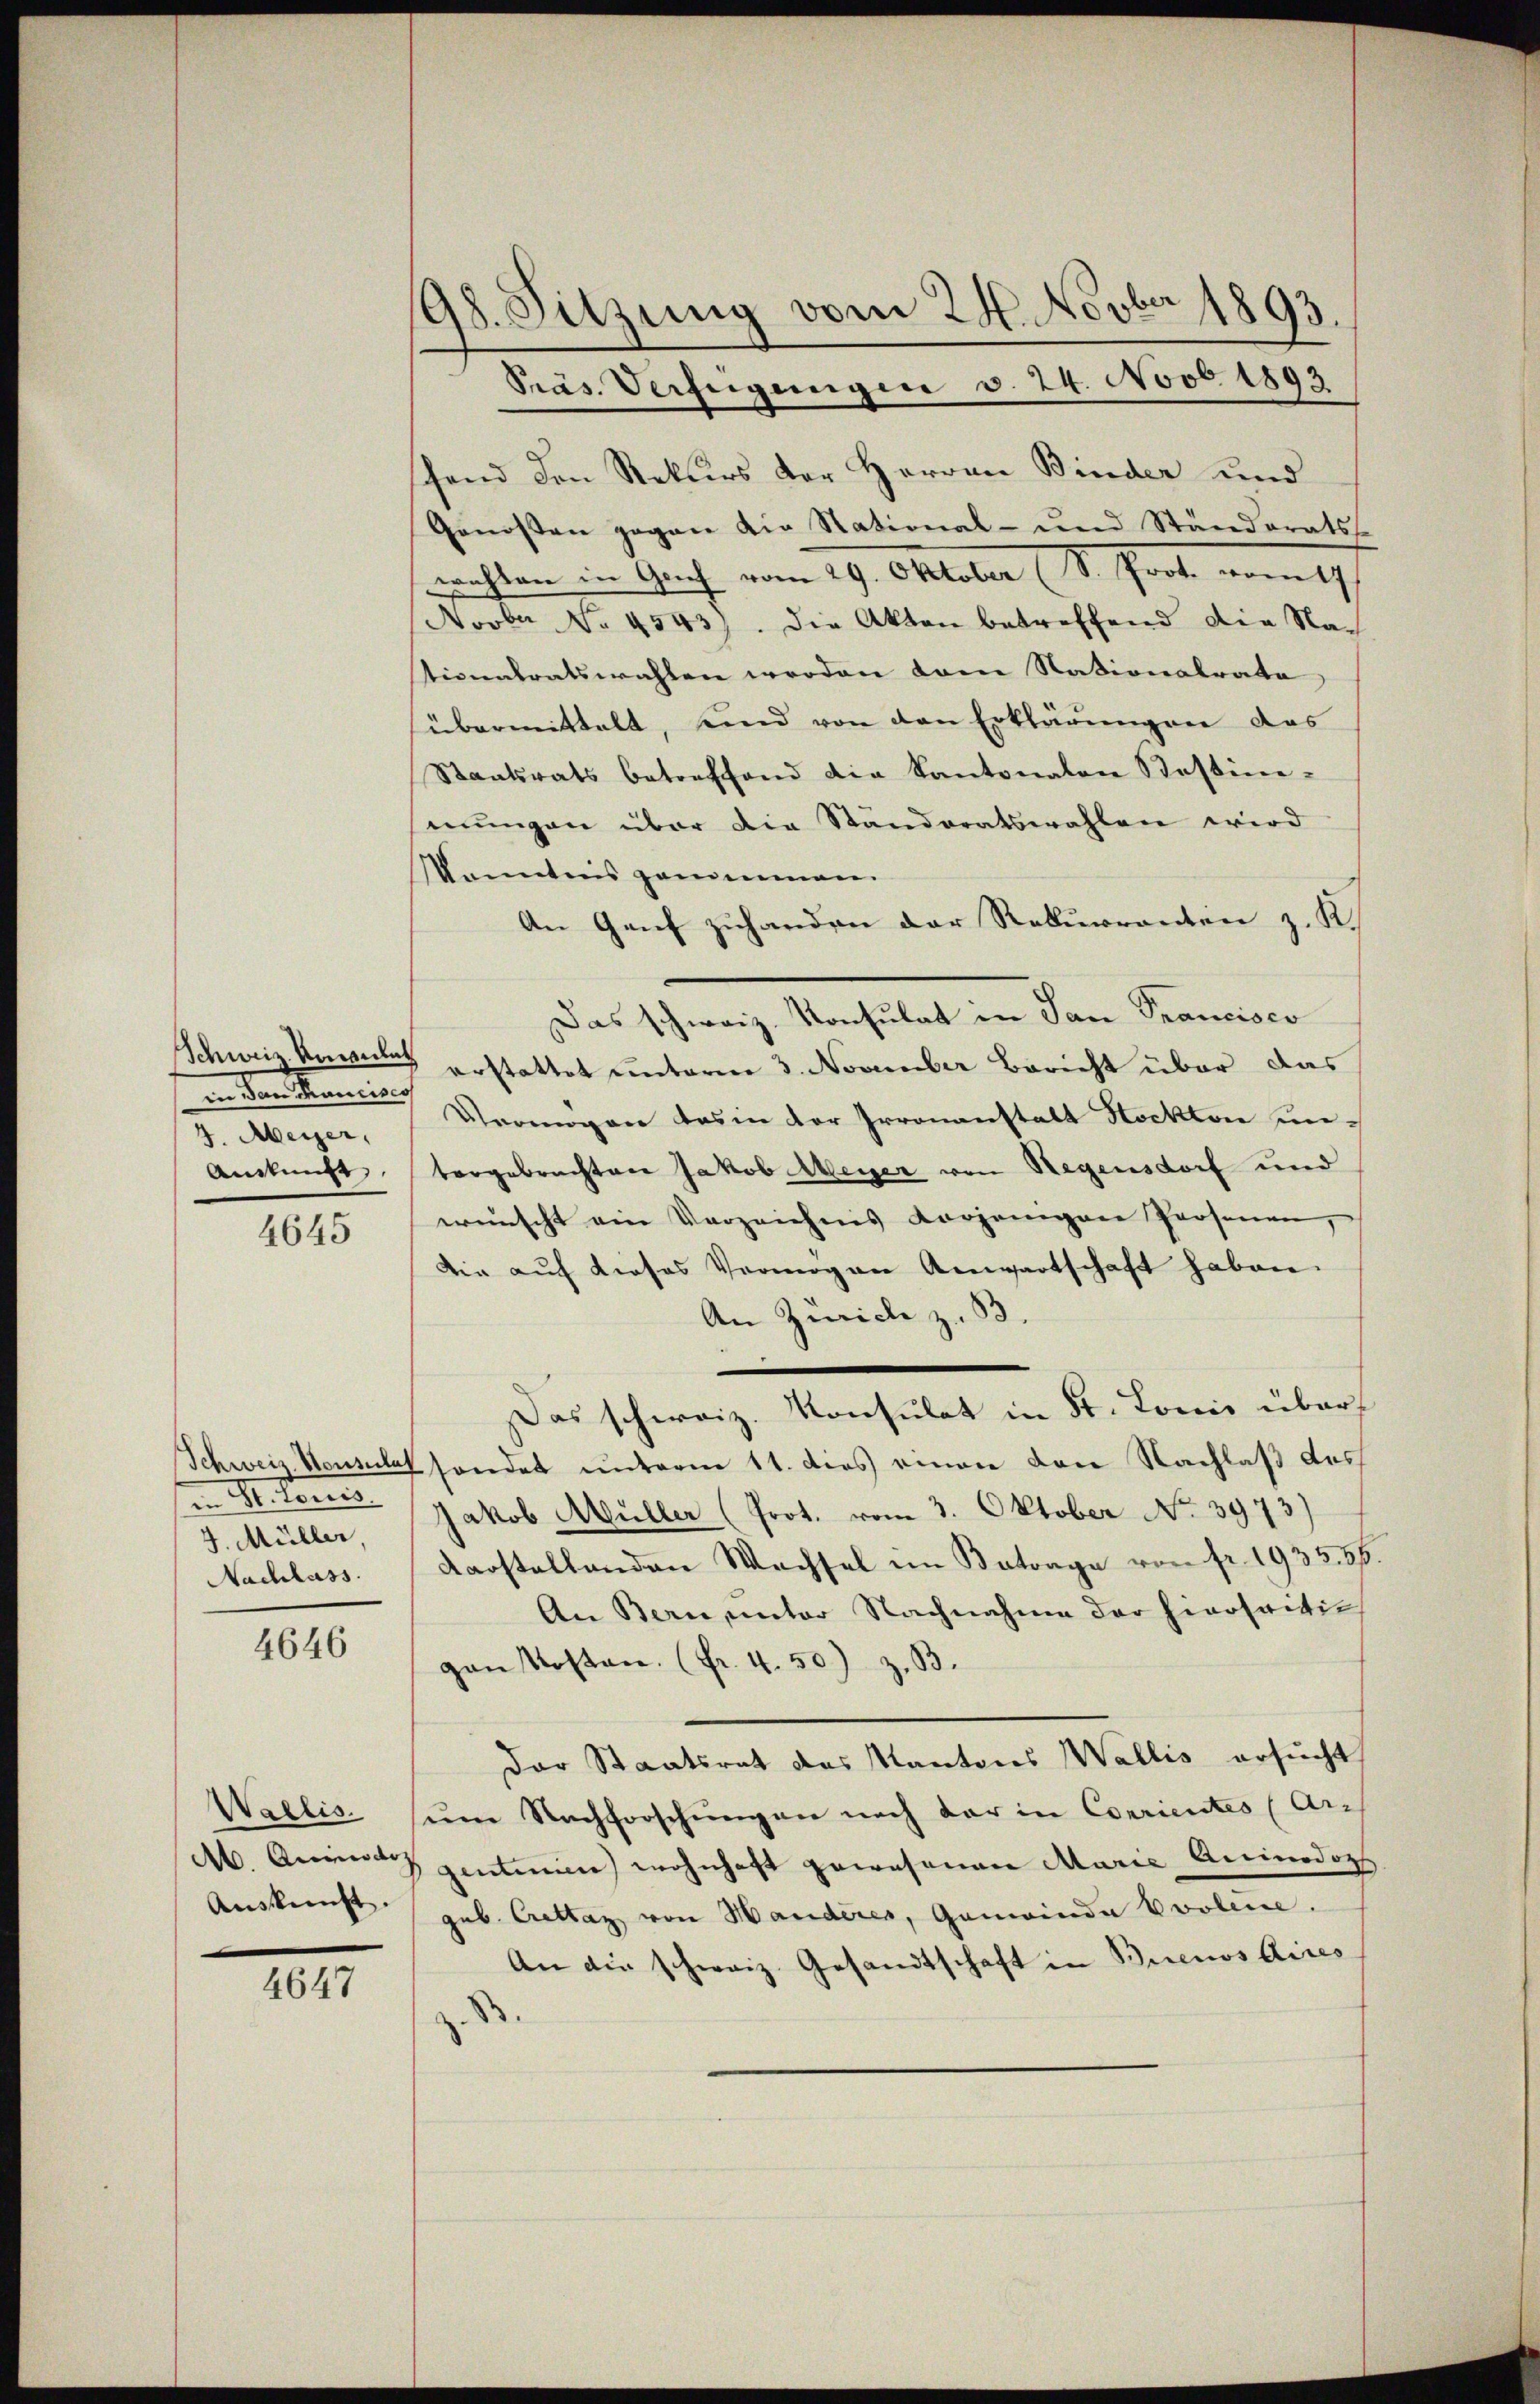
neiden Mancisio
4. Meyer,
Anstunge

4645

in Mitten
J. Müller,
Nachlass.

4646

Wallis.
A. Animo do
Auskunft.

4647

198. Sitzung vom 24. Novber 1893.

Präs. Verfügungen v. 24. Novb. 1893
schend den Rekurs der Herren Binder und
Genossen gegen die National- und Ständerats-
nrichten in Auch vom 29. Oktober (S. Grat vom 19t
Novber No. 4543). Die Akten betreffend die Na-
tionalratswahlen werden dem Nationalrate
übermittelt, und von den Erklärungen das
Staatsrats betreffend die Kantonalen Kostini-
mungen über die Standoratswahlen wird
Kenntnis genommen.
An Genf zuhanden der Rekurrenten z. K.
Das schweiz. Konsulat in San Prancisco
Schweiz. Koment erstattet unterm 3. November Bericht über das
Vermögen das in der Irronanstalt Stockten untergebrachten Jakob Meyer von Regensdorf und
wünscht ein Verzeichnis vorjenigene Personen,
die auf dieses Vermögen Anwartschaft haben.
An Zürich z. B.
Das schweiz. Konsulat in St. Lonis über
Schweiz. Heusles handet unterm 11. dies einen von Nachlaß des
Jakob Müller (Prot. vom 3. Oktober No. 3973)
darstellenden Wachsel im Betrage von fr. 193556.
An Bern, unter Nachnahme der hierseitigan Kosten. (Fr. 4. 50) z. B.
Der Staatsrat des Kantons Wallis ersucht
seine Nachforschungen noch der in Courientes (Arch
gentinien wohnhaft gewesenen Marie Aninodoch
gub. Crettag von Handerer, Gemeinde Evolene.
An die schweiz. Gesandtschaft in Buenos Aires
z. B.